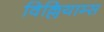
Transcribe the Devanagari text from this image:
विल्लियाम्स